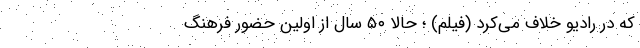
که در رادیو خلاف می‌کرد (فیلم) ؛ حالا ۵۰ سال از اولین حضور فرهنگ